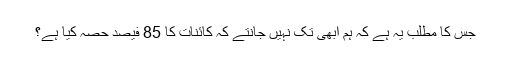
جس کا مطلب یہ ہے کہ ہم ابھی تک نہیں جانتے کہ کائنات کا 85 فیصد حصہ کیا ہے؟